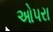
ઓપરા